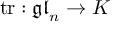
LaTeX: \operatorname { t r } : { \mathfrak { g l } } _ { n } \to K